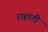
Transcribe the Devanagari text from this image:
राहाती